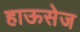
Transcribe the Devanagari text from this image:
हाऊसेज